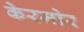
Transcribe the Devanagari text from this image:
केरमोर